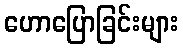
ဟောပြောခြင်းများ